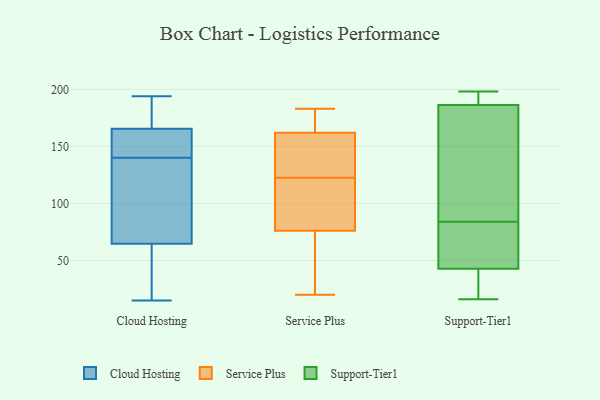
{"axis": {"x": "Active Users", "y": "Value"}, "legend": ["Cloud Hosting", "Service Plus", "Support-Tier1"], "data": [{"x": "", "y": 68, "type": "Cloud Hosting"}, {"x": "", "y": 150, "type": "Cloud Hosting"}, {"x": "", "y": 167, "type": "Cloud Hosting"}, {"x": "", "y": 127, "type": "Cloud Hosting"}, {"x": "", "y": 172, "type": "Cloud Hosting"}, {"x": "", "y": 194, "type": "Cloud Hosting"}, {"x": "", "y": 140, "type": "Cloud Hosting"}, {"x": "", "y": 141, "type": "Cloud Hosting"}, {"x": "", "y": 15, "type": "Cloud Hosting"}, {"x": "", "y": 165, "type": "Cloud Hosting"}, {"x": "", "y": 22, "type": "Cloud Hosting"}, {"x": "", "y": 72, "type": "Cloud Hosting"}, {"x": "", "y": 193, "type": "Cloud Hosting"}, {"x": "", "y": 157, "type": "Cloud Hosting"}, {"x": "", "y": 52, "type": "Cloud Hosting"}, {"x": "", "y": 55, "type": "Cloud Hosting"}, {"x": "", "y": 120, "type": "Cloud Hosting"}, {"x": "", "y": 39, "type": "Service Plus"}, {"x": "", "y": 144, "type": "Service Plus"}, {"x": "", "y": 76, "type": "Service Plus"}, {"x": "", "y": 143, "type": "Service Plus"}, {"x": "", "y": 162, "type": "Service Plus"}, {"x": "", "y": 125, "type": "Service Plus"}, {"x": "", "y": 90, "type": "Service Plus"}, {"x": "", "y": 20, "type": "Service Plus"}, {"x": "", "y": 162, "type": "Service Plus"}, {"x": "", "y": 72, "type": "Service Plus"}, {"x": "", "y": 164, "type": "Service Plus"}, {"x": "", "y": 125, "type": "Service Plus"}, {"x": "", "y": 40, "type": "Service Plus"}, {"x": "", "y": 183, "type": "Service Plus"}, {"x": "", "y": 178, "type": "Service Plus"}, {"x": "", "y": 120, "type": "Service Plus"}, {"x": "", "y": 83, "type": "Service Plus"}, {"x": "", "y": 87, "type": "Service Plus"}, {"x": "", "y": 198, "type": "Support-Tier1"}, {"x": "", "y": 192, "type": "Support-Tier1"}, {"x": "", "y": 192, "type": "Support-Tier1"}, {"x": "", "y": 58, "type": "Support-Tier1"}, {"x": "", "y": 16, "type": "Support-Tier1"}, {"x": "", "y": 41, "type": "Support-Tier1"}, {"x": "", "y": 60, "type": "Support-Tier1"}, {"x": "", "y": 40, "type": "Support-Tier1"}, {"x": "", "y": 33, "type": "Support-Tier1"}, {"x": "", "y": 149, "type": "Support-Tier1"}, {"x": "", "y": 169, "type": "Support-Tier1"}, {"x": "", "y": 195, "type": "Support-Tier1"}, {"x": "", "y": 150, "type": "Support-Tier1"}, {"x": "", "y": 84, "type": "Support-Tier1"}, {"x": "", "y": 48, "type": "Support-Tier1"}]}